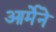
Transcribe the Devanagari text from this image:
आर्मेने